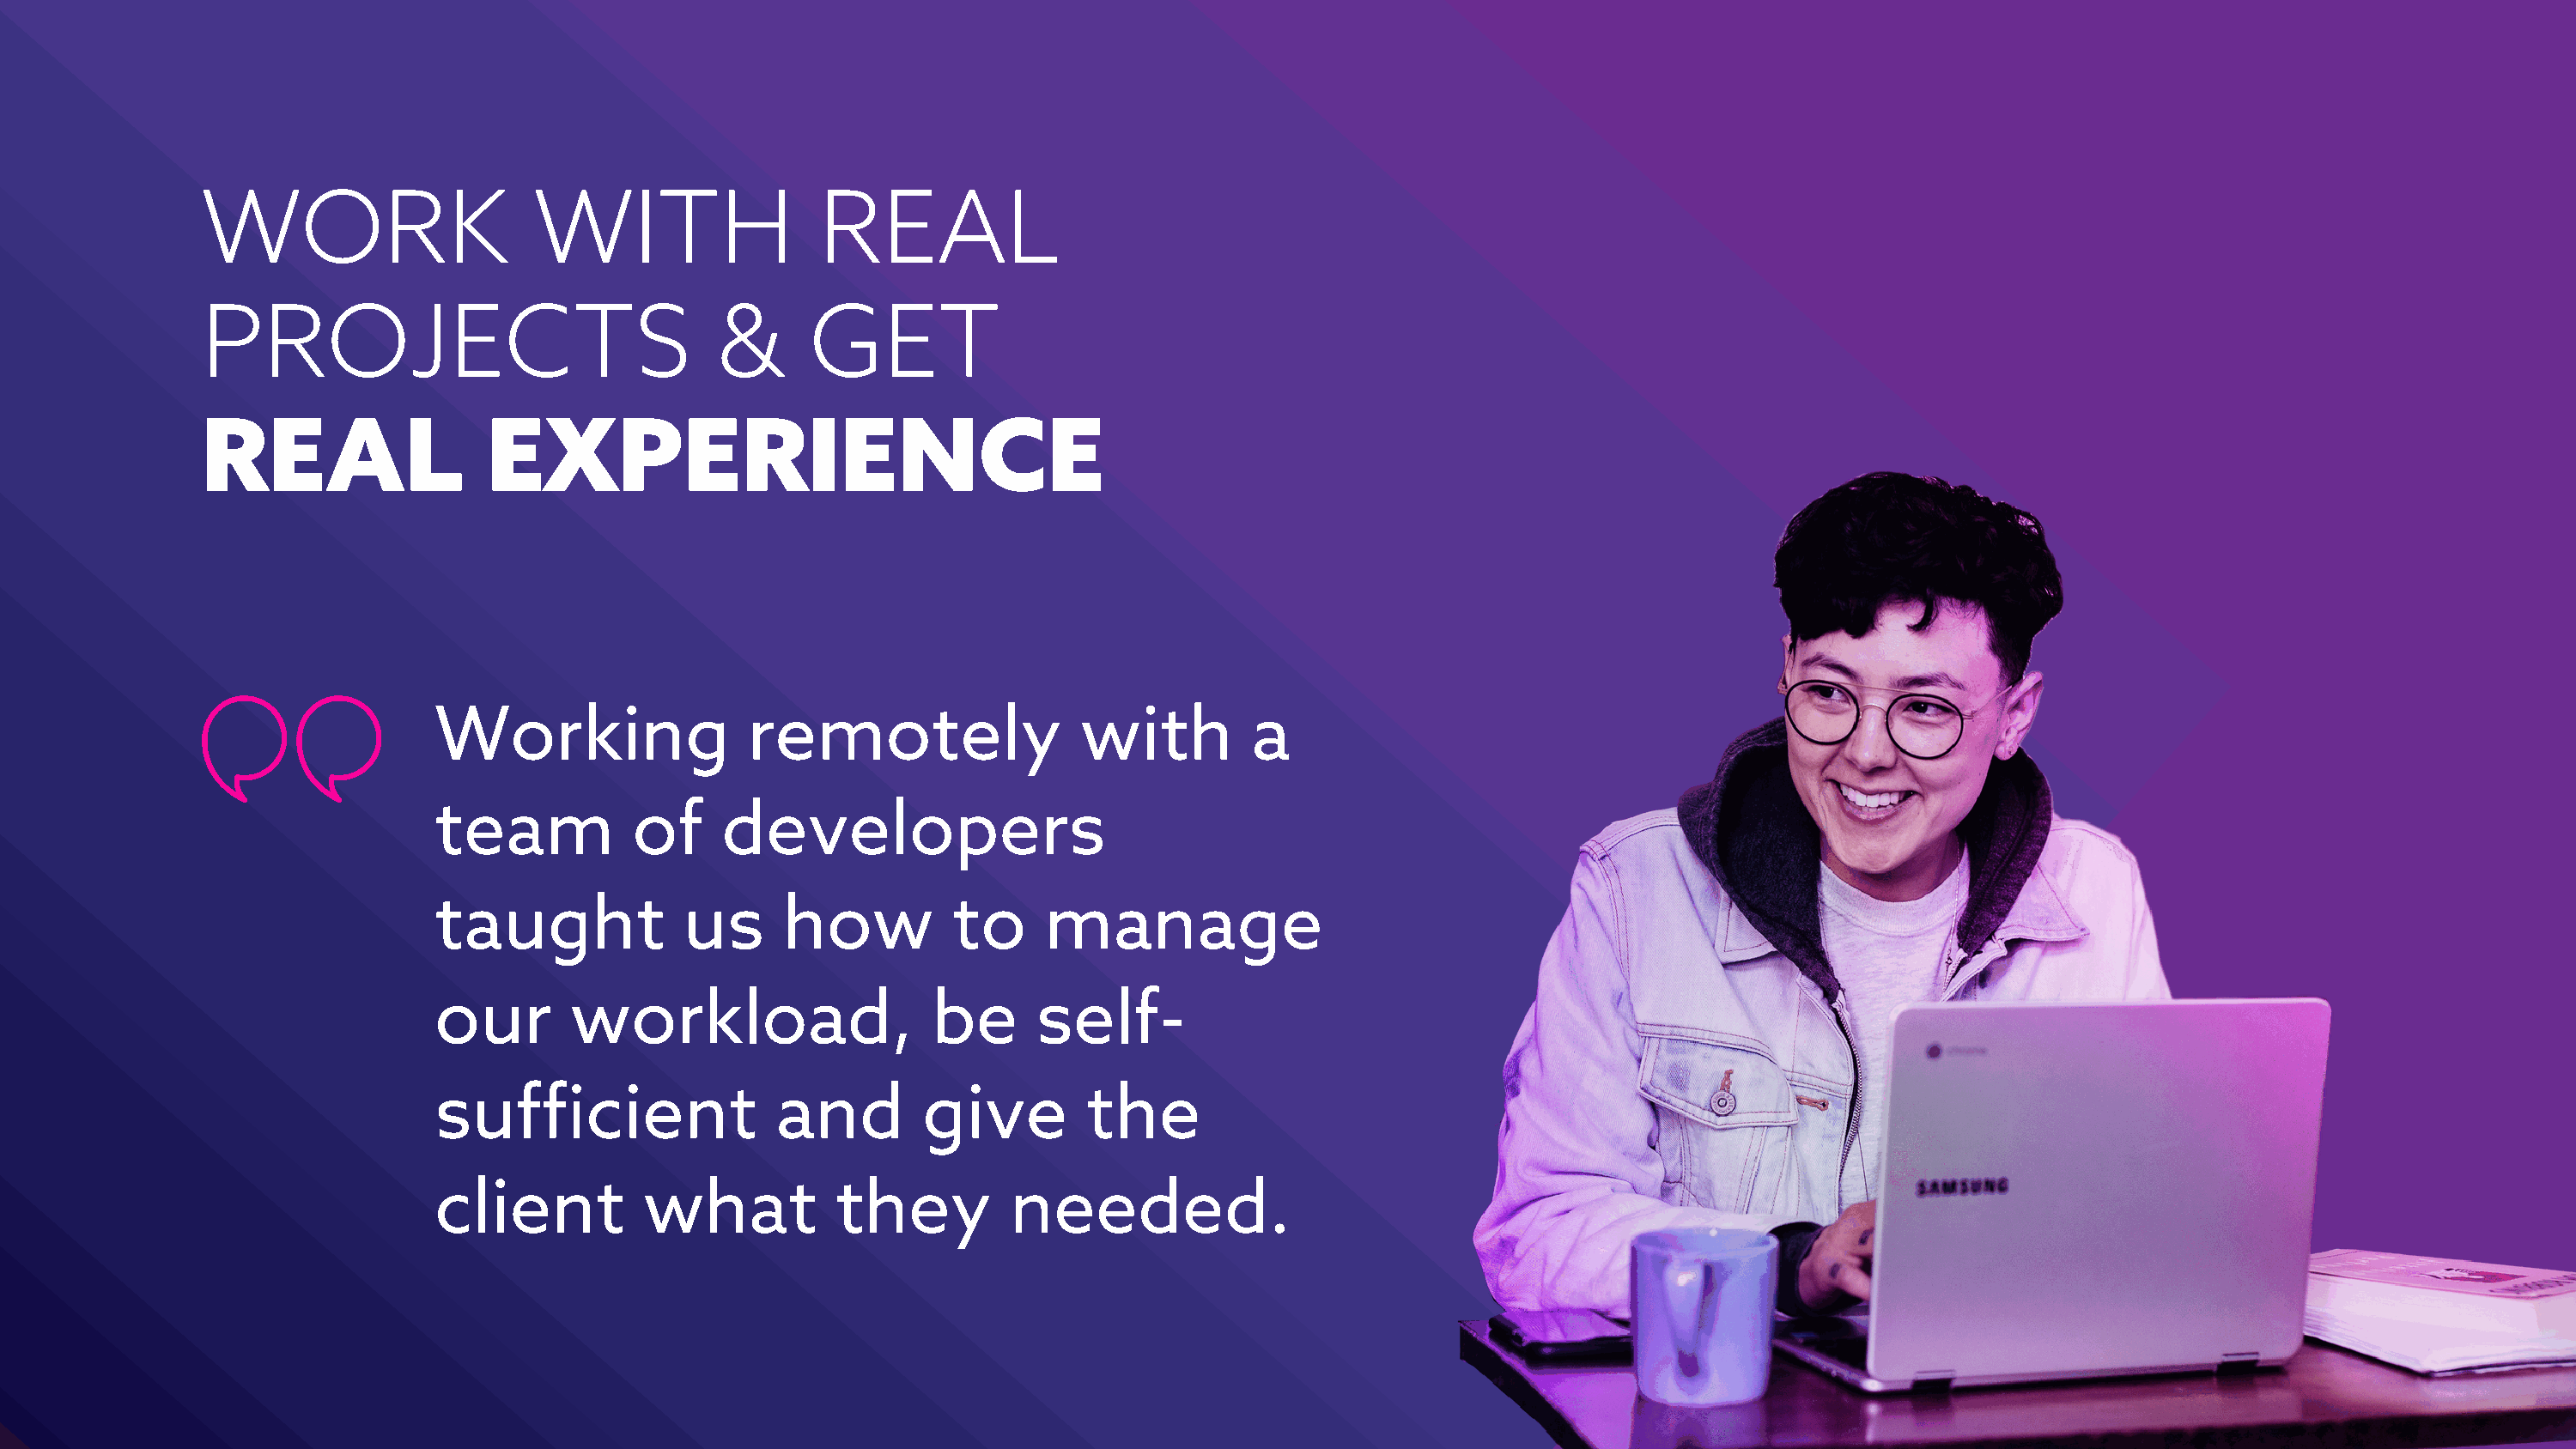
WORK                     WITH                  REAL
 PROJECTS                               &      GET
 REAL                  EXPERIENCE
 Working                 remotely                 with         a
 team           of     developers
 taught             us     how          to      manage
 our       workload,                   be      self-
 sufficient                and        give         the
 client          what          they          needed.